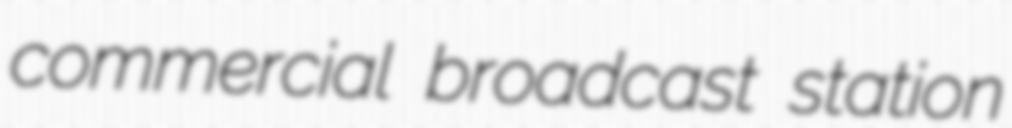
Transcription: commercial broadcast station